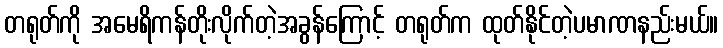
တရုတ်ကို အမေရိကန်တိုးလိုက်တဲ့အခွန်ကြောင့် တရုတ်က ထုတ်နိုင်တဲ့ပမာဏနည်းမယ်။